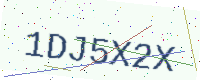
Text: 1DJ5X2X